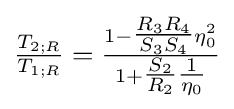
{\tfrac {T_{2;R}}{T_{1;R}}}={\tfrac {1-{\tfrac {R_{3}R_{4}}{S_{3}S_{4}}}\eta _{0}^{2}}{1+{\tfrac {S_{2}}{R_{2}}}{\tfrac {1}{\eta _{0}}}}}